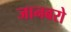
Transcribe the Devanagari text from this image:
जानबरो